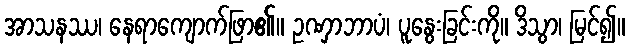
အာသနဿ၊ နေရာကျောက်ဖြာ၏။ ဥဏှာဘာပံ၊ ပူနွေးခြင်းကို။ ဒိသွာ၊ မြင်၍။